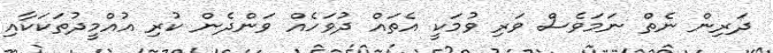
ދަރިން ނެތް ނަމަވެސް ވަރި ވުމަކީ އެތައް ދުވަހެއް ވަންދެން ކުރި އުއްމީދުތަކަކާއި